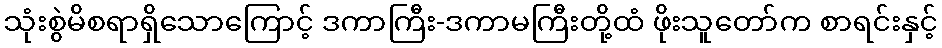
သုံးစွဲမိစရာရှိသောကြောင့် ဒကာကြီး-ဒကာမကြီးတို့ထံ ဖိုးသူတော်က စာရင်းနှင့်